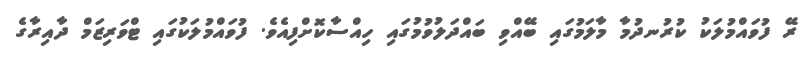
ރޭ ފުވައްމުލަކު ކުރުނދުމާ މާލަމުގައި ބޭއްވި ބައްދަލުވުމުގައި ހިއްސާކޮށްފިއެވެ. ފުވައްމުލަކުގައި ޓްވަރިޒަމް ދާއިރާގެ